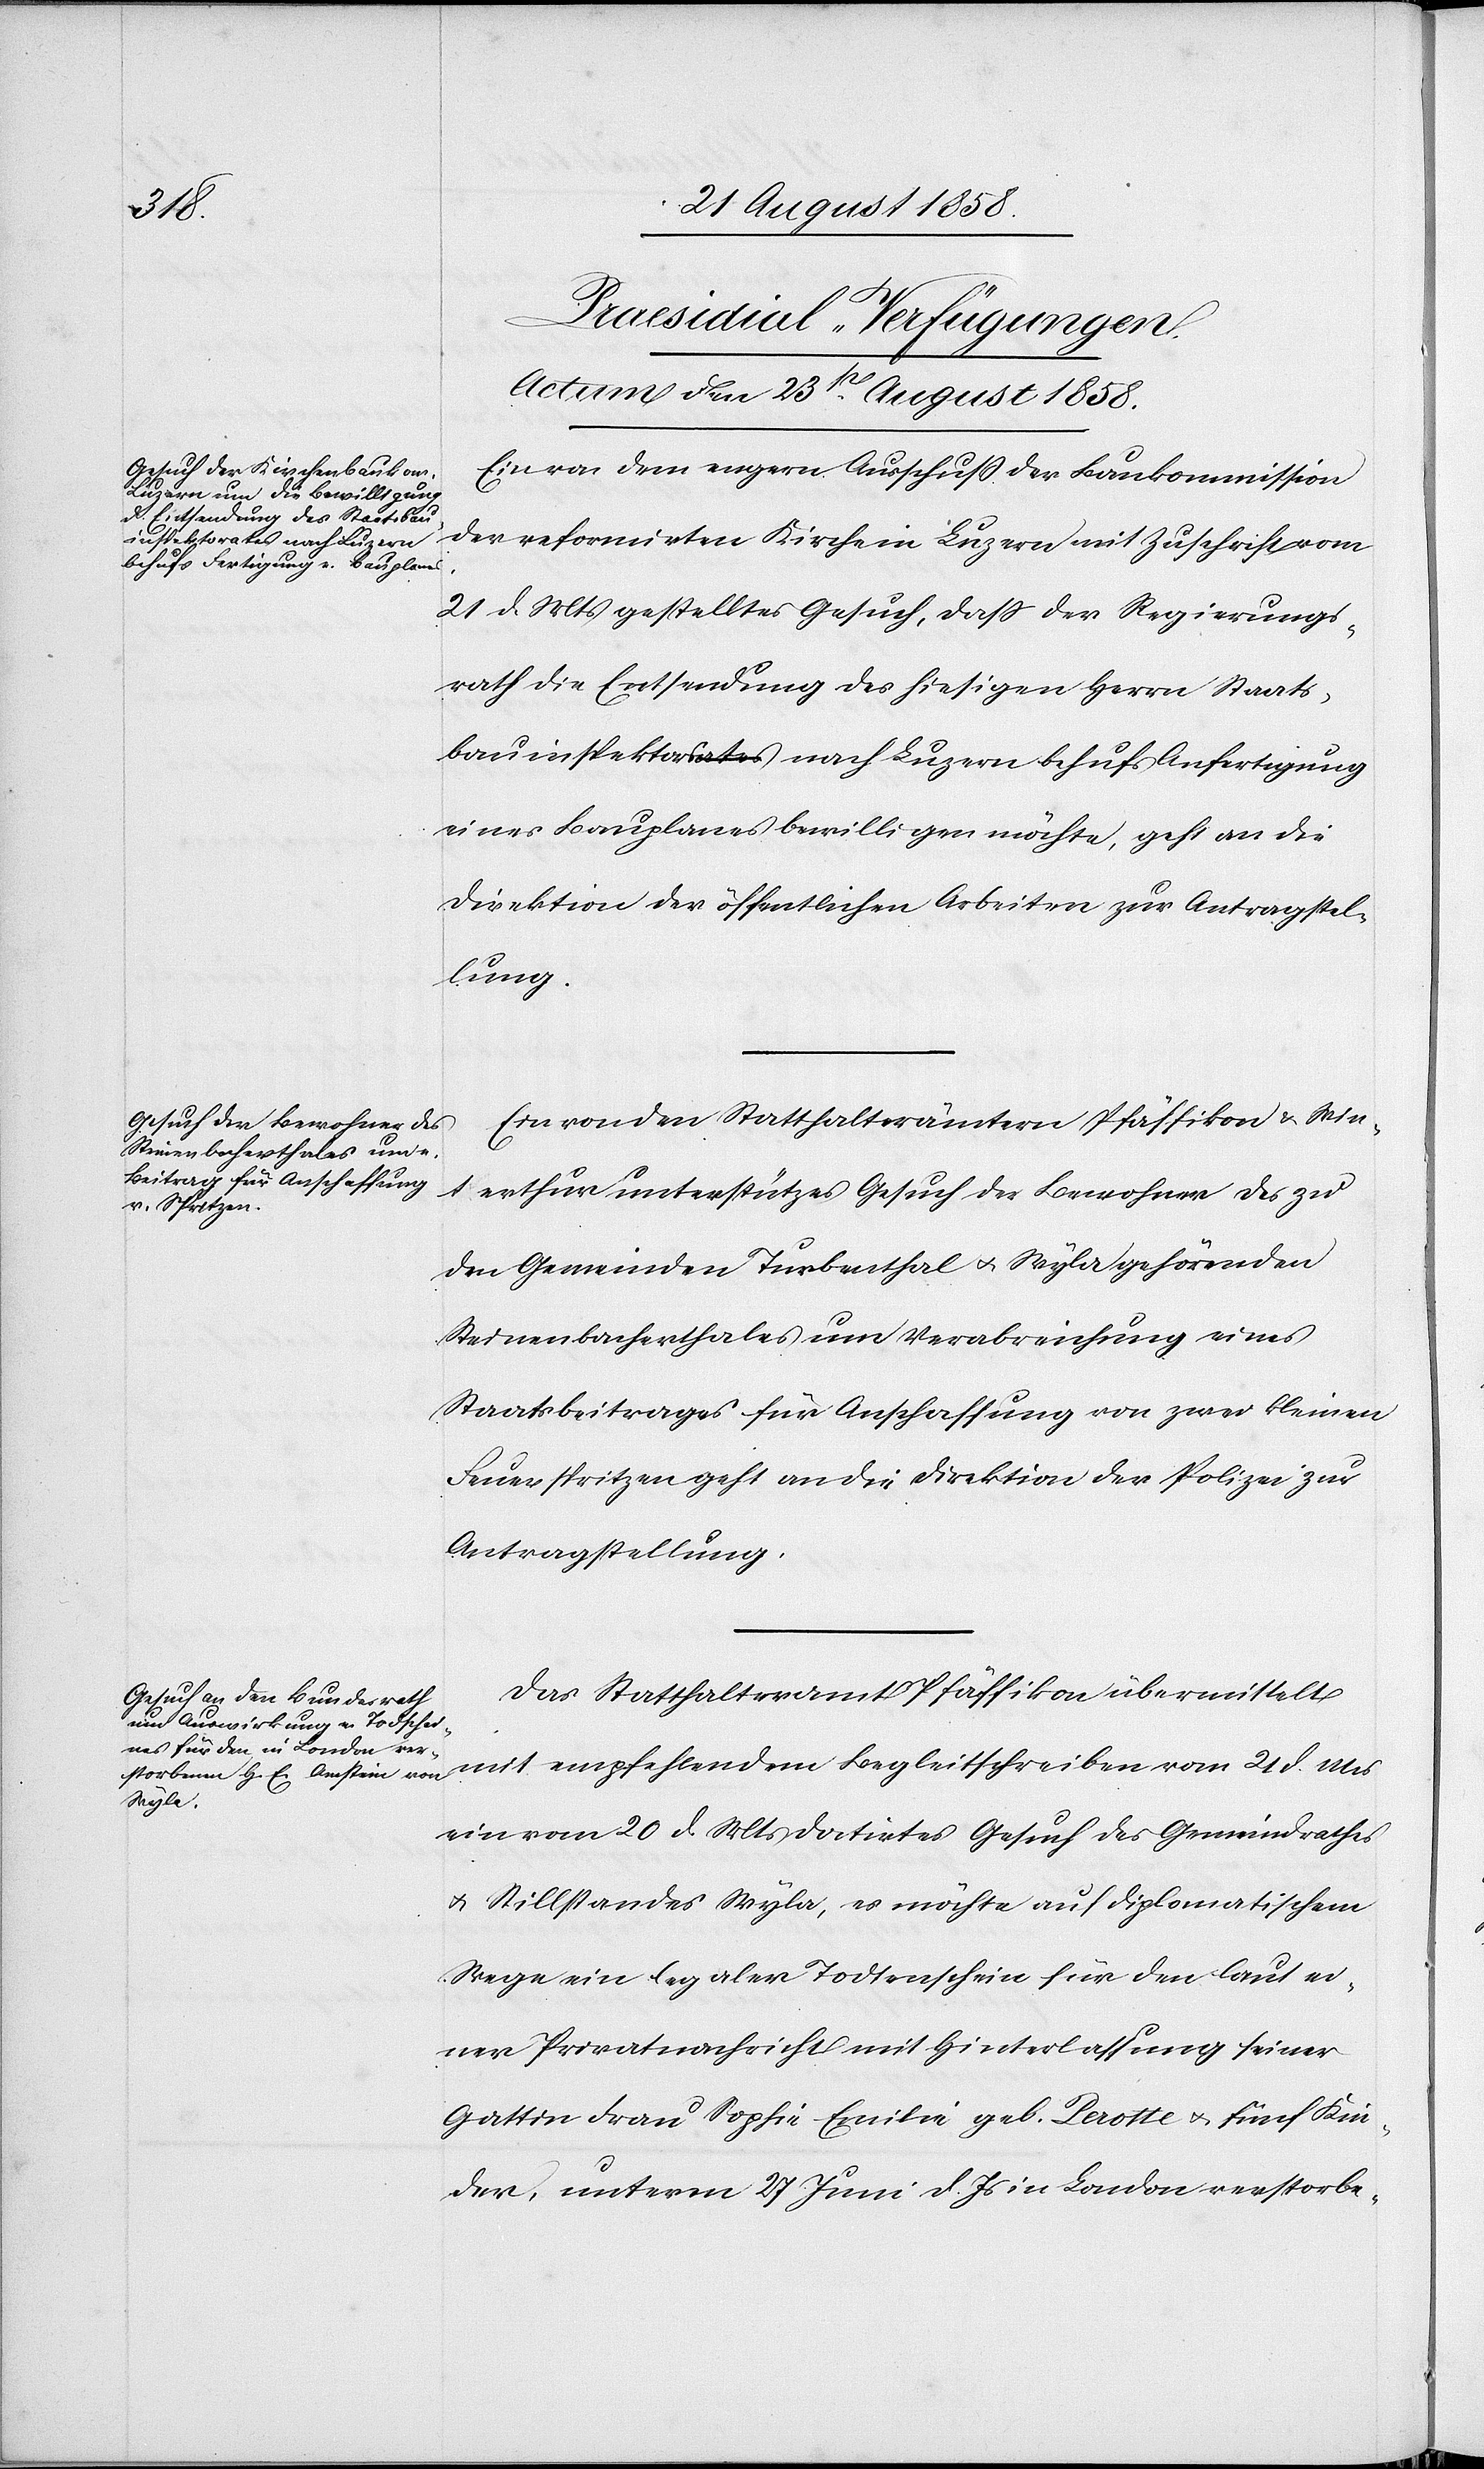
[Praesidial-Verfügungen.
Actum den 23st August 1858.]
Ein von dem engern Ausschuss der Baukommission
21 d. Mts gestelltes Gesuch, dass der Regierungs¬
rath die Entsendung des hiesigen Herrn Staats¬
bauinspektorsa-ates-a nach Luzern behufs Anfertigung
eines Bauplanes bewilligen möchte, geht an die
Direktion der öffentlichen Arbeiten zur Antragstel¬
lung.
Ein von den Statthalterämtern Pfäffikon & Win¬
terthur unterstütz[t]es Gesuch der Bewohner des zu
den Gemeinden Turbenthal & Wyla gehörenden
Steinenbacherthales um Verabreichung eines
Staatsbeitrages für Anschaffung von zwei kleinen
Feuerspritzen geht an die Direktion der Polizei zur
Antragstellung.
Das Statthalteramt Pfäffikon übermittelt
mit empfehlendem Begleitschreiben vom 21 d. Mts
ein vom 20 d. Mts datirtes Gesuch des Gemeindrathes
& Stillstandes Wyla, es möchte auf diplomatischem
Wege ein legaler Todtenschein für den laut ei¬
ner Privatnachricht mit Hinterlassung seiner
Gattin Frau Sophie Emilie geb. Perotte & fünf Kin¬
der, unterm 27 Juni d. Js in London verstorbe-